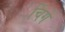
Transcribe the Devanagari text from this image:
चिंगे